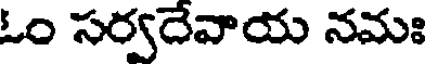
ఓం సర్వదేవాయ నమః